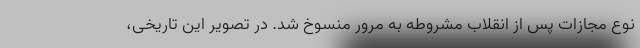
نوع مجازات پس از انقلاب مشروطه به مرور منسوخ شد. در تصویر این تاریخی،